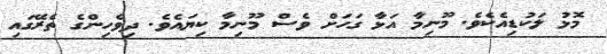
މޮޅު ލަކުޑިއެކެވެ. މޫނިމާ އަޅާ ގަހަށް ވެސް މޫނިމާ ކިޔައެވެ. ދިވެހިންގެ ތެރޭގައި